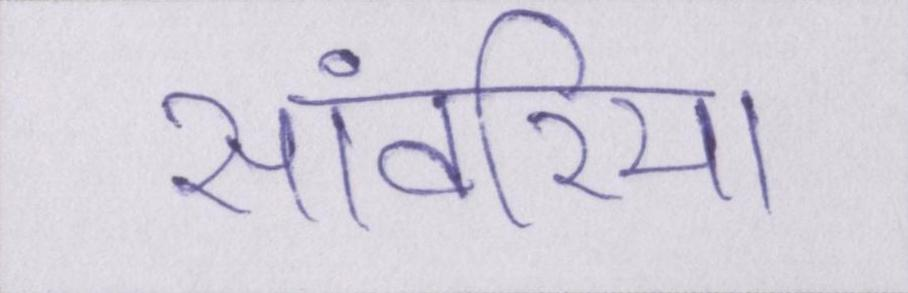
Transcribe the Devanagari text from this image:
सांवरिया